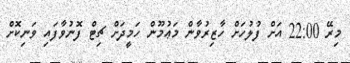
މިރޭ 22:00 އަށް ފުލުހަށް ހާޒިރުވާން މަޢުމޫން ހަމީދަށް ޗިޓް ފޮނުވާފައި ވަނިކޮށް